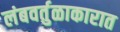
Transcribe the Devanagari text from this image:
लंबवर्तुळाकारात